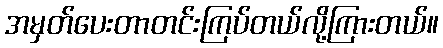
အမှတ်ပေးတာတင်းကြပ်တယ်လို့ကြားတယ်။